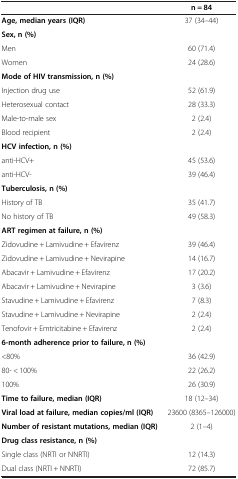
<table><thead><tr><td><b> </b></td><td><b>n = 84</b></td></tr></thead><tbody><tr><td><b>Age, median years (IQR)</b></td><td>37 (34–44)</td></tr><tr><td><b>Sex, n (%)</b></td><td> </td></tr><tr><td>Men</td><td>60 (71.4)</td></tr><tr><td>Women</td><td>24 (28.6)</td></tr><tr><td><b>Mode of HIV transmission, n (%)</b></td><td> </td></tr><tr><td>Injection drug use</td><td>52 (61.9)</td></tr><tr><td>Heterosexual contact</td><td>28 (33.3)</td></tr><tr><td>Male-to-male sex</td><td>2 (2.4)</td></tr><tr><td>Blood recipient</td><td>2 (2.4)</td></tr><tr><td><b>HCV infection, n (%)</b></td><td> </td></tr><tr><td>anti-HCV+</td><td>45 (53.6)</td></tr><tr><td>anti-HCV-</td><td>39 (46.4)</td></tr><tr><td><b>Tuberculosis, n (%)</b></td><td> </td></tr><tr><td>History of TB</td><td>35 (41.7)</td></tr><tr><td>No history of TB</td><td>49 (58.3)</td></tr><tr><td><b>ART regimen at failure, n (%)</b></td><td> </td></tr><tr><td>Zidovudine + Lamivudine + Efavirenz</td><td>39 (46.4)</td></tr><tr><td>Zidovudine + Lamivudine + Nevirapine</td><td>14 (16.7)</td></tr><tr><td>Abacavir + Lamivudine + Efavirenz</td><td>17 (20.2)</td></tr><tr><td>Abacavir + Lamivudine + Nevirapine</td><td>3 (3.6)</td></tr><tr><td>Stavudine + Lamivudine + Efavirenz</td><td>7 (8.3)</td></tr><tr><td>Stavudine + Lamivudine + Nevirapine</td><td>2 (2.4)</td></tr><tr><td>Tenofovir + Emtricitabine + Efavirenz</td><td>2 (2.4)</td></tr><tr><td><b>6-month adherence prior to failure, n (%)</b></td><td> </td></tr><tr><td>&lt;80%</td><td>36 (42.9)</td></tr><tr><td>80- &lt; 100%</td><td>22 (26.2)</td></tr><tr><td>100%</td><td>26 (30.9)</td></tr><tr><td><b>Time to failure, median (IQR)</b></td><td>18 (12–34)</td></tr><tr><td><b>Viral load at failure, median copies/ml (IQR)</b></td><td>23600 (8365–126000)</td></tr><tr><td><b>Number of resistant mutations, median (IQR)</b></td><td>2 (1–4)</td></tr><tr><td><b>Drug class resistance, n (%)</b></td><td> </td></tr><tr><td>Single class (NRTI or NNRTI)</td><td>12 (14.3)</td></tr><tr><td>Dual class (NRTI + NNRTI)</td><td>72 (85.7)</td></tr></tbody></table>